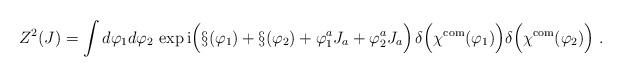
LaTeX: \begin{align*}Z^2(J)=\int d\varphi_1 d\varphi_2\,\exp {\rm i}\Bigl(\S(\varphi_1)+\S(\varphi_2)+\varphi_1^aJ_a+\varphi_2^aJ_a\Bigr)\,\delta\Bigl(\chi^{\mbox{\scriptsize com}}(\varphi_1)\Bigr)\delta\Bigl(\chi^{\mbox{\scriptsize com}}(\varphi_2)\Bigr)\; .\end{align*}